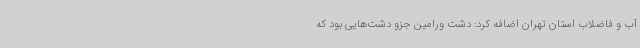
آب و فاضلاب استان تهران اضافه کرد: دشت ورامین جزو دشت‌هایی بود که